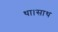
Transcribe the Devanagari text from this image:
था।साथ